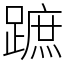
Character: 蹠